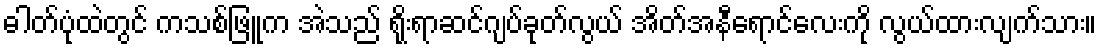
ဓါတ်ပုံထဲတွင် ကသစ်ဖြူက အဲသည် ရိုးရာဆင်ဂျပ်ခုတ်လွယ် အိတ်အနီရောင်လေးကို လွယ်ထားလျက်သား။